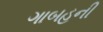
ગાબહની